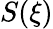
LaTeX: S(\xi)